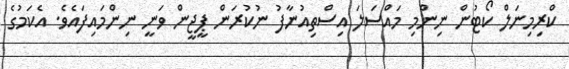
ކްރިމިނަލް ކޯޓުން ނިންމި މައްސަލަ އިސްތިއުނާފު ނުކުރަން ޕީޖީން ވަނީ ނިންމައިފައެވެ. އެކަމުގެ